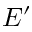
E ^ { \prime }